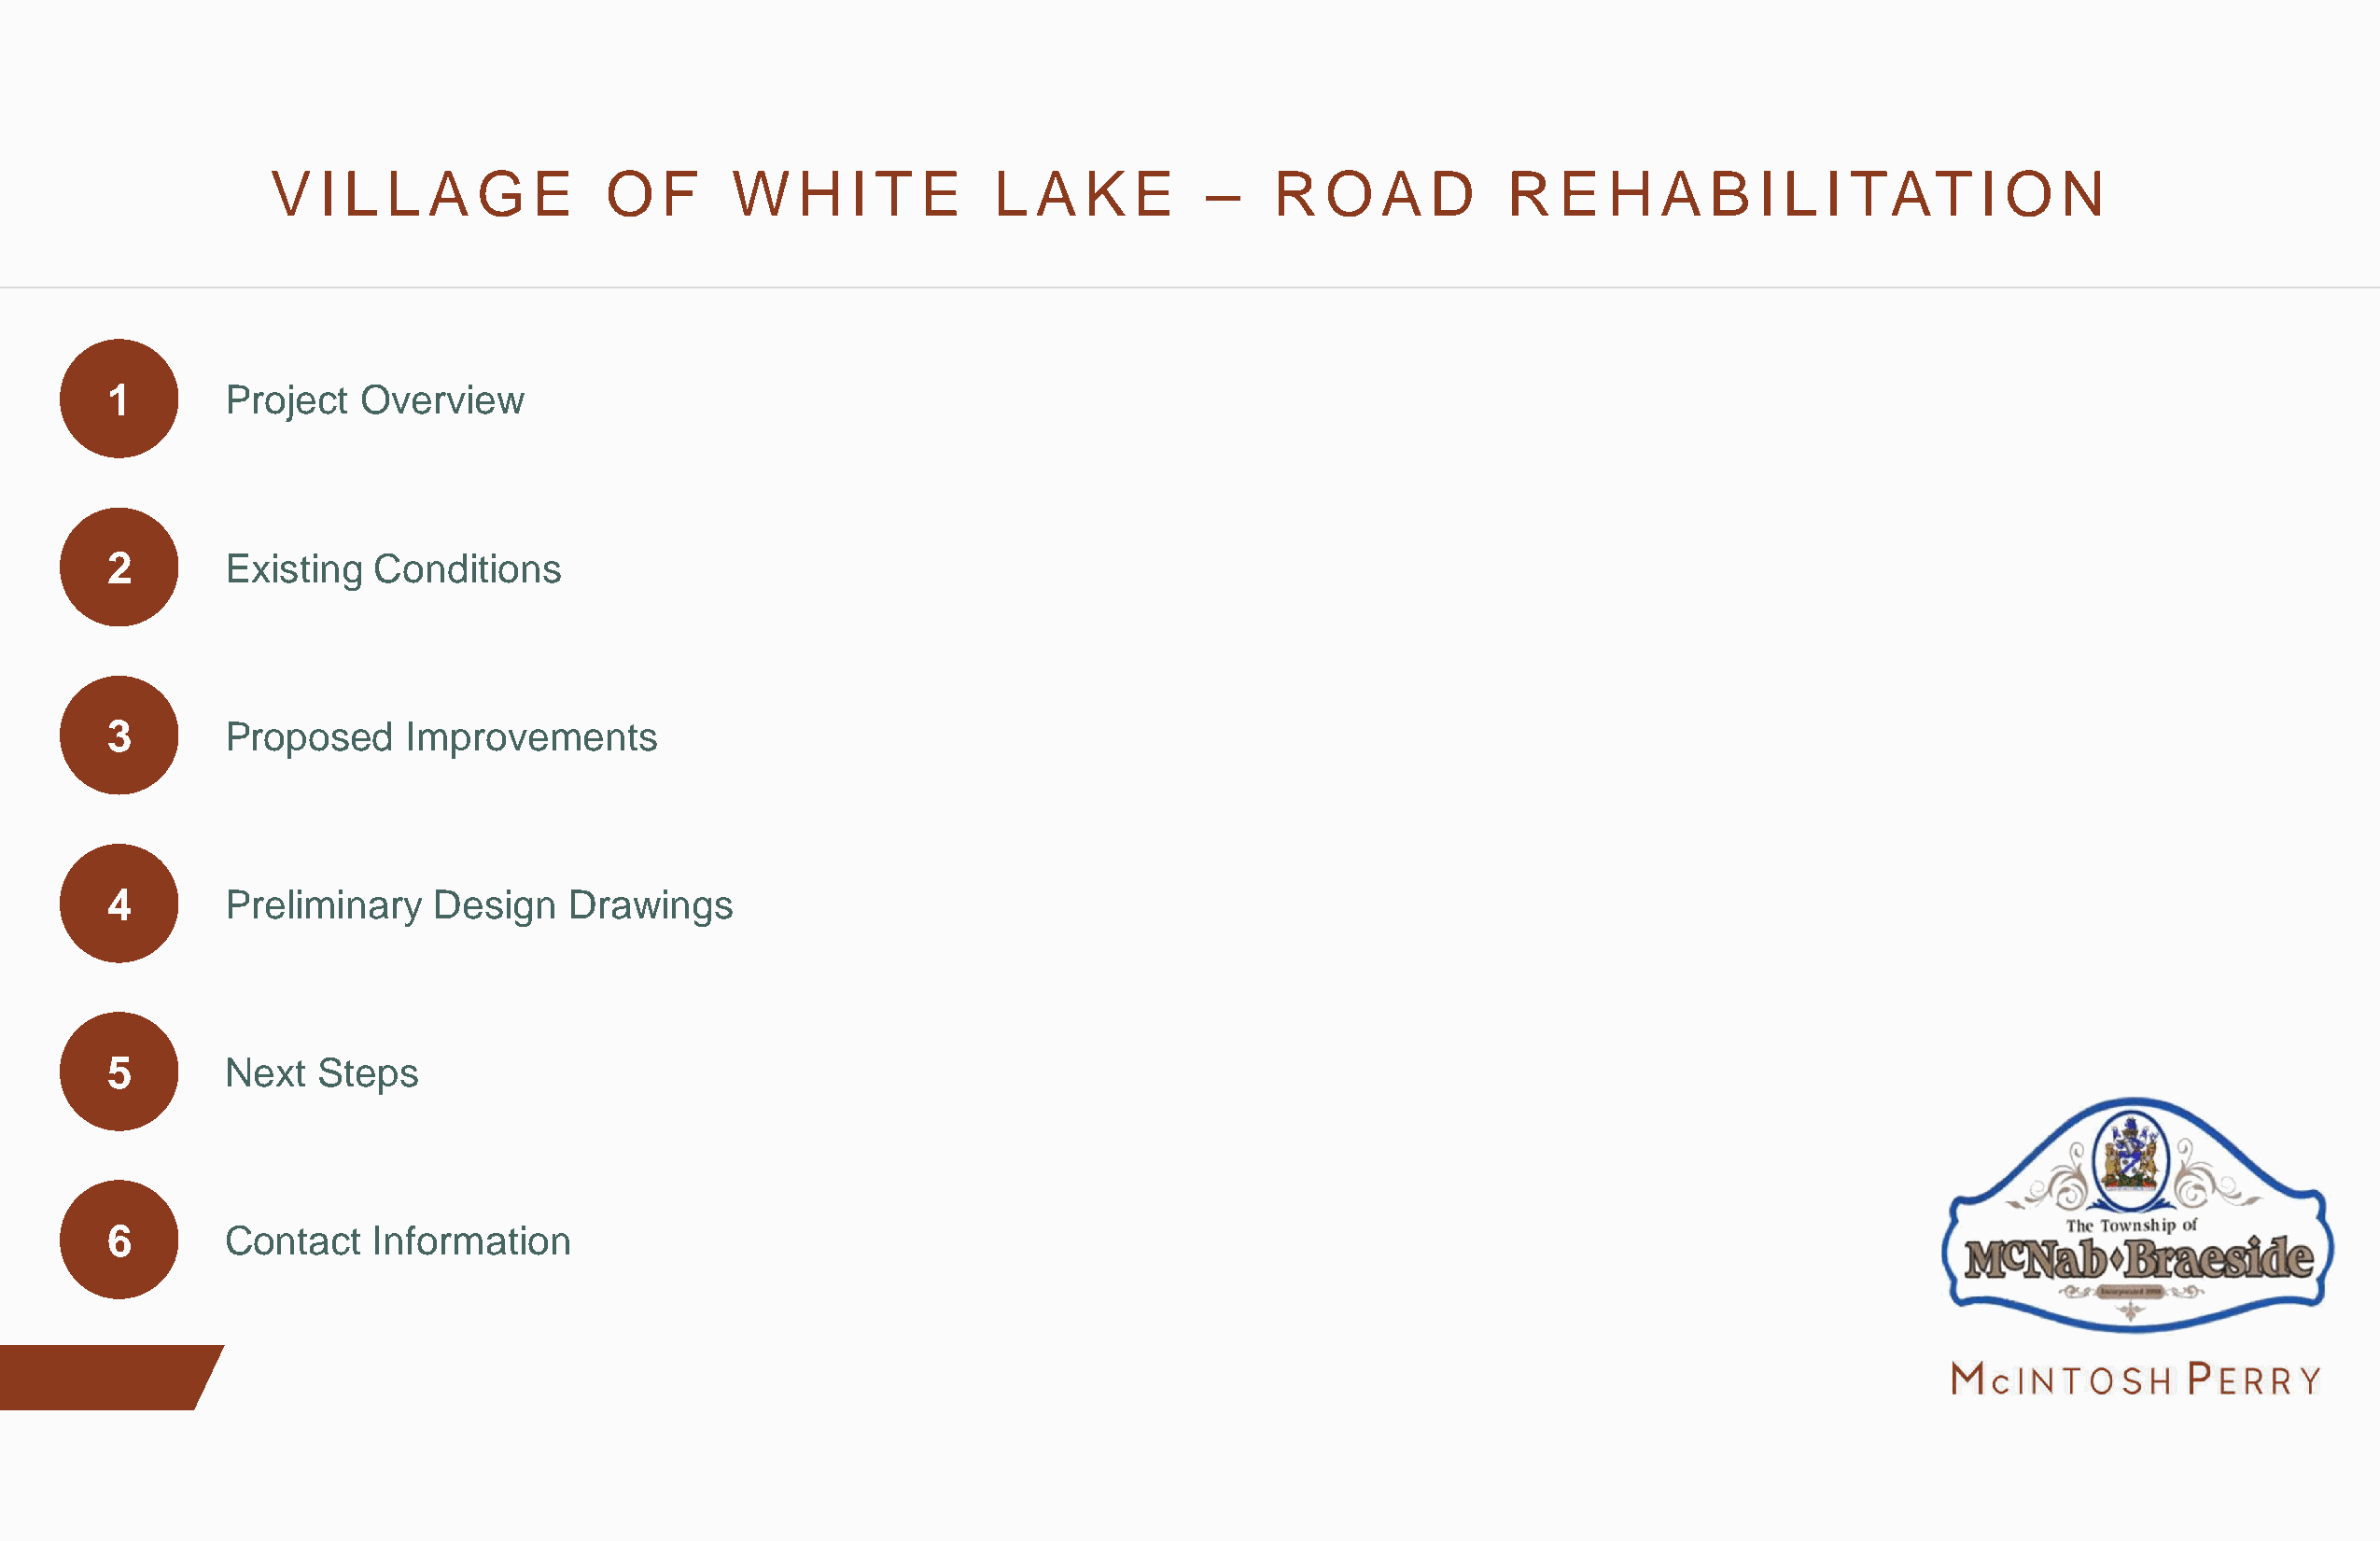
V   I L L  A   G   E    O   F    W    H  I T  E    L  A   K  E     –   R   O   A  D     R   E  H   A  B   I L I TAT      I O   N
 1       Project   Overview
 2       Existing   Conditions
 3       Proposed     Improvements
 4       Preliminary    Design   Drawings
 5       Next   Steps
 6       Contact   Information